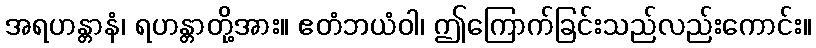
အရဟန္တာနံ၊ ရဟန္တာတို့အား။ ဧတံဘယံဝါ၊ ဤကြောက်ခြင်းသည်လည်းကောင်း။